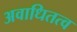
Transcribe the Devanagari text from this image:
अवाधितत्व